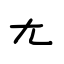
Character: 尢